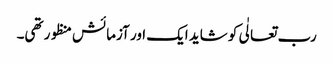
رب تعالٰی کو شاید ایک اور آزمائش منظور تھی۔